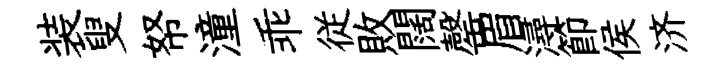
装叟帑潼乖従敗闊罄眉潯節侯济